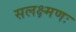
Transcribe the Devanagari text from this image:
सलक्ष्मणः